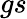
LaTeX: gs